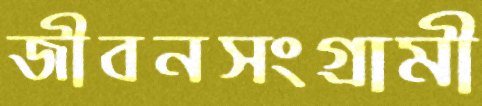
জীবনসংগ্রামী